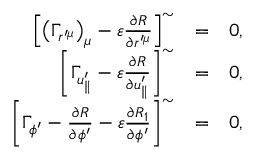
\begin{array} { r l r } { \left[ \left( \Gamma _ { r ^ { \prime \mu } } \right) _ { \mu } - \varepsilon \frac { \partial R } { \partial r ^ { \prime \mu } } \right] ^ { \sim } } & { = } & { 0 , } \\ { \left[ \Gamma _ { u _ { \parallel } ^ { \prime } } - \varepsilon \frac { \partial R } { \partial u _ { \parallel } ^ { \prime } } \right] ^ { \sim } } & { = } & { 0 , } \\ { \left[ \Gamma _ { \phi ^ { \prime } } - \frac { \partial R } { \partial \phi ^ { \prime } } - \varepsilon \frac { \partial R _ { 1 } } { \partial \phi ^ { \prime } } \right] ^ { \sim } } & { = } & { 0 , } \end{array}